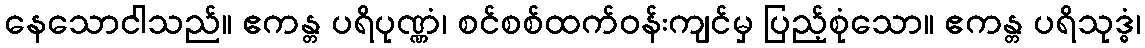
နေသောငါသည်။ ဧကန္တ ပရိပုဏ္ဏံ၊ စင်စစ်ထက်ဝန်းကျင်မှ ပြည့်စုံသော။ ဧကန္တ ပရိသုဒ္ဓံ၊